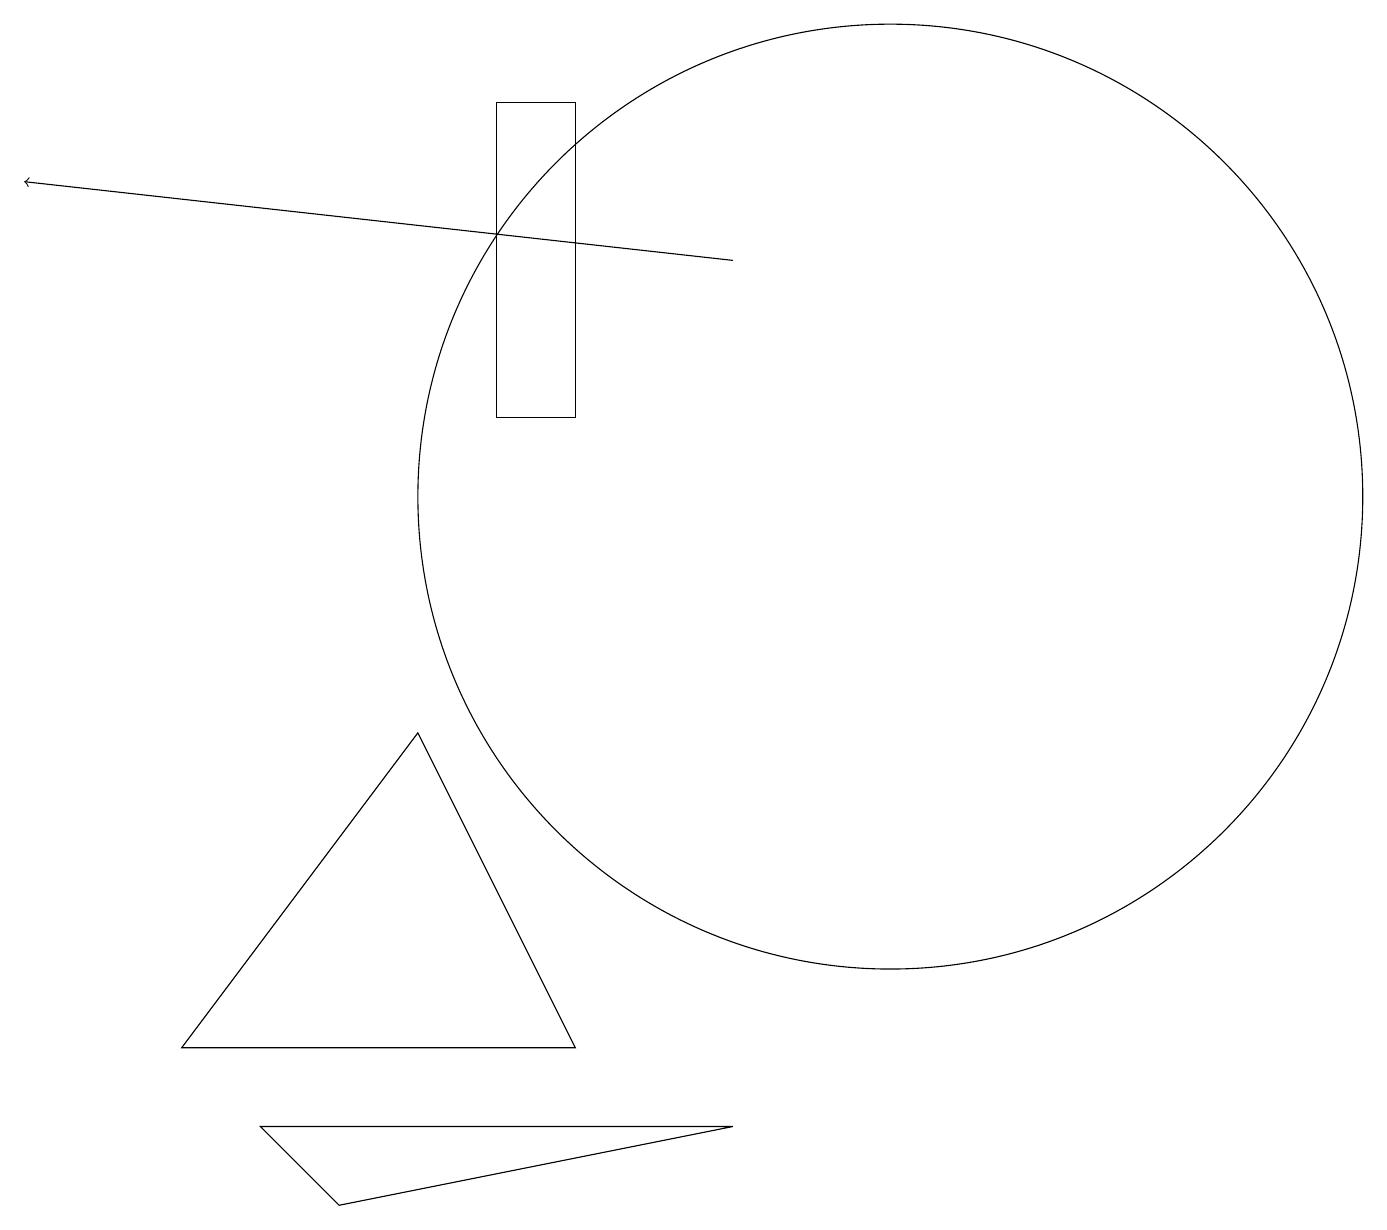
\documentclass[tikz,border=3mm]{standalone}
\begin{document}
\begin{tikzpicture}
\draw (4,3) -- (3,4) -- (9,4) -- cycle;
\draw[->] (9,15) -- (0,16);
\draw (11,12) circle (6);
\draw (7,5) -- (2,5) -- (5,9) -- cycle;
\draw (6,13) rectangle (7,17);
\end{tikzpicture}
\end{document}